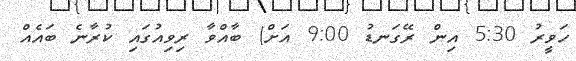
ހަވީރު 5:30 އިން ރޭގަނޑު 9:00 އަށް) ބާާއްވާ ރިވިއުގައި ކުރާނެ ބައެއް